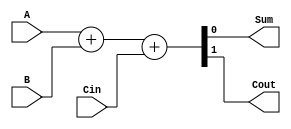
`timescale 1ns / 1ps
//////////////////////////////////////////////////////////////////////////////////
// Company: 
// Engineer: 
// 
// Design Name: 
// Module Name: FullAdder
// Project Name: 
// Target Devices: 
// Tool Versions: 
// Description: 
// 
// Dependencies: 
// 
// Revision:
// Revision 0.01 - File Created
// Additional Comments:
// 
//////////////////////////////////////////////////////////////////////////////////


module FullAdder(
    input A, B, Cin,
    output Sum, Cout
    );
    
    assign {Cout, Sum} = A + B + Cin;
    
endmodule